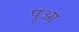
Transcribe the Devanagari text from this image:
पूआ